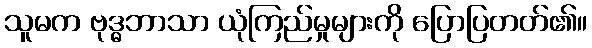
သူမက ဗုဒ္ဓဘာသာ ယုံကြည်မှုများကို ပြောပြတတ်၏။